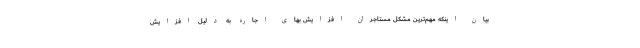
بیان اینکه مهم‌ترین مشکل مستاجران افزایش بهای اجاره به دلیل افزایش